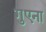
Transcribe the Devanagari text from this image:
गुएना